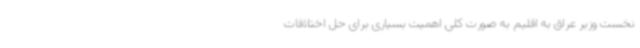
نخست وزیر عراق به اقلیم به صورت کلی اهمیت بسیاری برای حل اختلافات